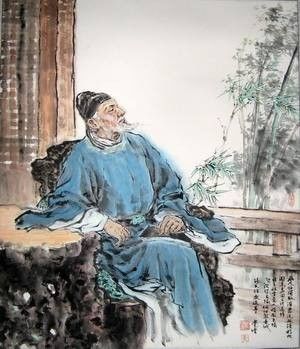
幽人归独卧，滞虑洗孤清。